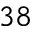
^ { 3 8 }